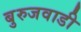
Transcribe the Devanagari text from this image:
बुरुजवाडी